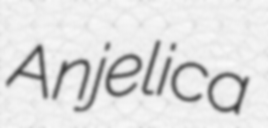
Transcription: Anjelica